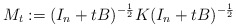
\begin{align*} M_t := (I_n+tB)^{-\frac{1}{2}} K (I_n+tB)^{-\frac{1}{2}} \end{align*}